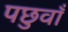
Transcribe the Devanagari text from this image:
पछुवाँ